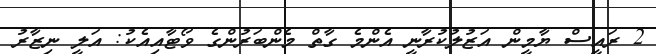
2 ރައީސް ޔާމީން އަޒުލުކުރާނީ އެންމެ ގާތް މެންބަރުންގެ ވޯޓާއިއެކު: އަލީ ނިޒާރު